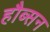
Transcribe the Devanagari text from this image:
हौब्सन